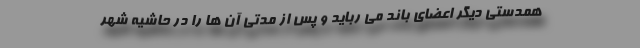
همدستی دیگر اعضای باند می رباید و پس از مدتی آن ها را در حاشیه شهر